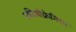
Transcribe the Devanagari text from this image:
स्कीजोफ्रेनिया